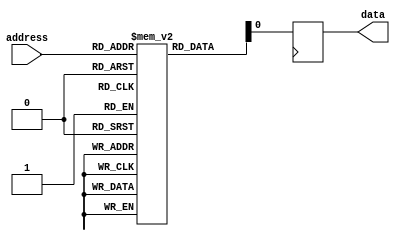
module fuse_rom (
    input wire [7:0] address,
    output reg data
);

reg [7:0] memory [0:255]; // assuming 256 memory cells

initial begin
    // memory cell data initialization
    memory[0] = 8'b00000000;
    memory[1] = 8'b00000001;
    // ...
    memory[255] = 8'b11111111;
end

always @ (posedge clk) begin
    data <= memory[address];
end

endmodule